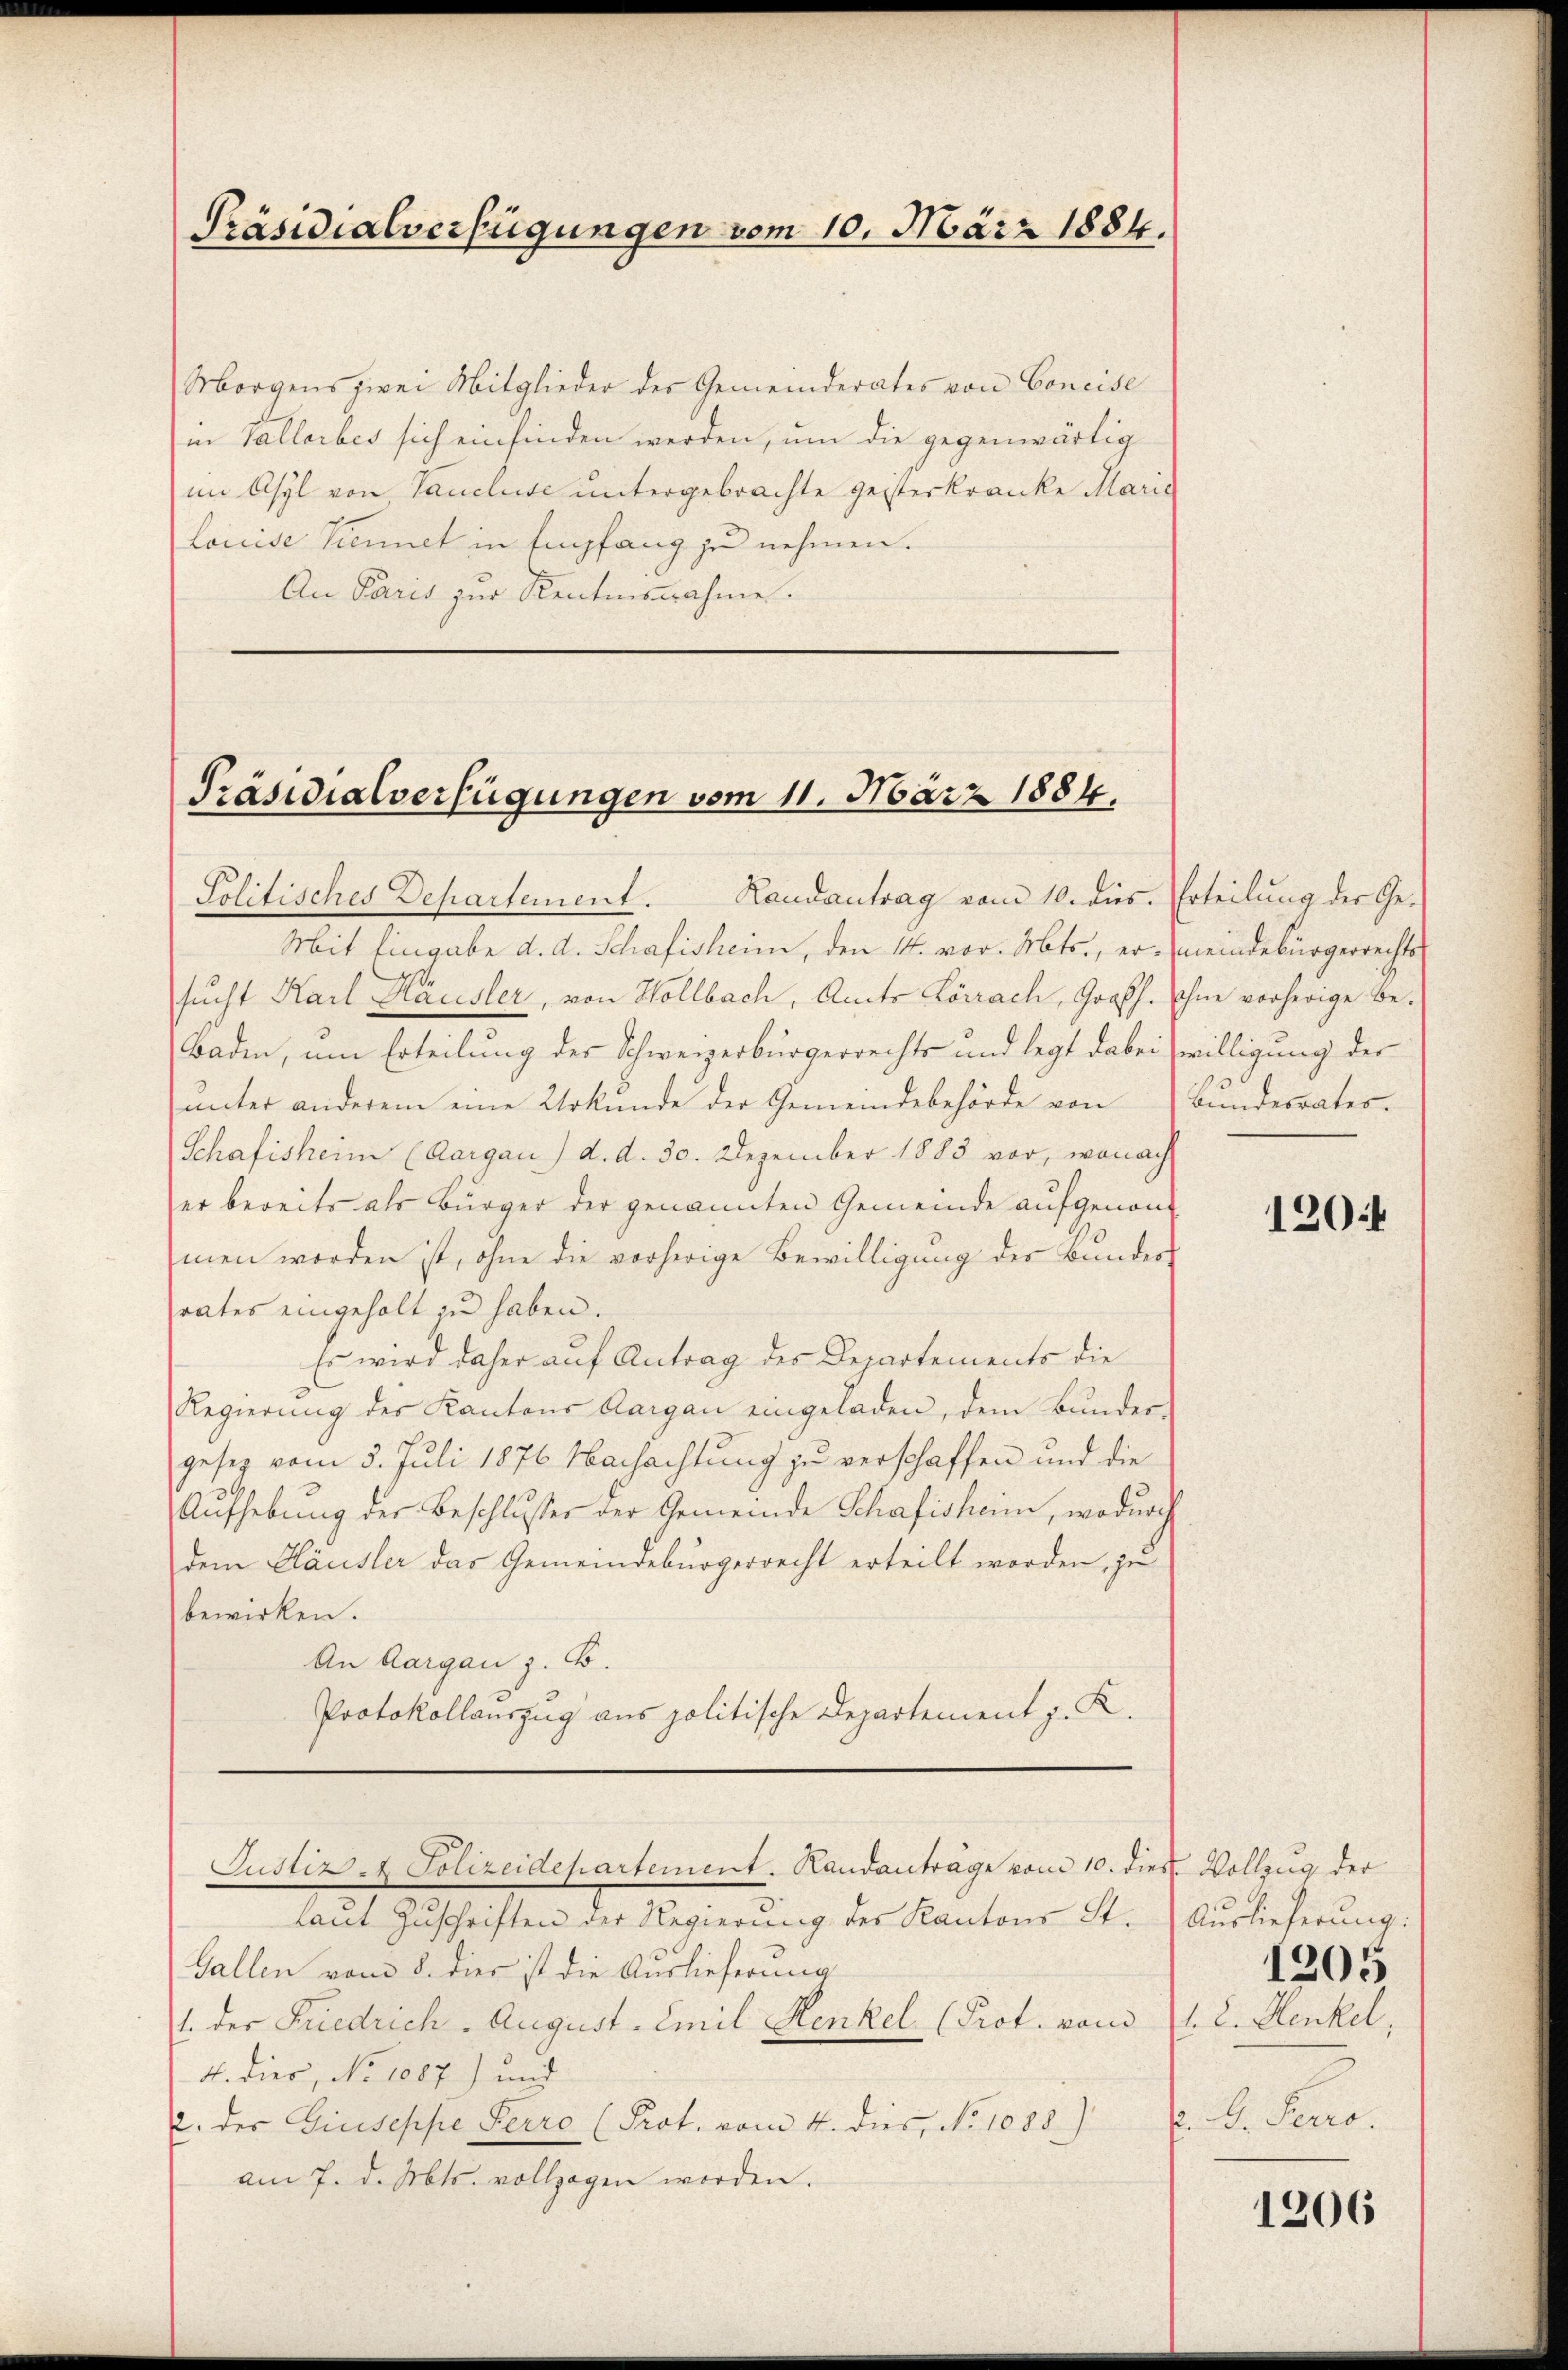
Präsidialverfügungen vom 10. März 1884.

Morgens zwei Mitglieder des Gemeinderates von Concise
in Vallorbes sich einfinden werden, um die gegenwärtig
im Asyl von Tancluse untergebrachte gesterkranke Maria
Louise Kiennet in Empfang zu nehmen.
An Paris zur Kentnisnahme.

Präsidialverfügungen vom 11. März 1884.

Politisches Departement. Landantrag vom 10. dies. Erteilung der Ge¬
Mit Eingabe d. d. Schafisheim, den 14. vor. Mts., er meindebürgerrechts
sucht Karl Hausler, von Wollbach, Amts Lörrach, Großh. ohne vorherige Be-
Baden, um Erteilung des Schweizerbürgerrechts und legt dabei
ŭnter anderem eine Urkunde der Gemeindebehörde von
Schafisheim (Aargau) d. d. 30. Dezember 1883 vor, wonach
er bereits als Bürger der genannten Gemeinde aufgenommen worden ist, ohne die vorherige Bewilligŭng der Bunder
rates eingeholt zu haben.
Es wird daher auf Antrag des Departements die
Regierŭng des Kantons Aargau eingeladen, dem Bundes-
gesez vom 5. Juli 1876 Nachachtung zu verschaffen und die
Aufhebung der Beschlusses der Gemeinde Schafisheim, wodurch
dem Häusler das Gemeindebürgerrecht erteilt worden, zu
bewirken.
An Aargau z. B.
Protokollauszug aus politische Departement z. K.
Justiz- & Polizeidepartement. Landanträge vom 10. dies Vollzug der
laut Zuschriften der Regierung des Kantons St.
Gallen vom 8. dies ist die Auslieferung
1. der Friedrich - August - Emil Henkel (Prot. von 1. 2. Henkel,
4. dies, No 1087) und
2. des Giuseppe Perro (Prot. vom 4. dies, No 1083)
am 7. d. Mts. vollzogen worden.

willigung der
Bundesrates.

1204

Auslieferung:
. D. Seero.

1205

1206